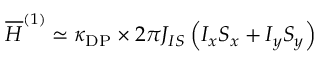
\overline { { H } } ^ { ( 1 ) } \simeq \kappa _ { \mathrm { D P } } \times 2 \pi J _ { I S } \left( I _ { x } S _ { x } + I _ { y } S _ { y } \right)